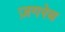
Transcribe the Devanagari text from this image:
ज़गरेब